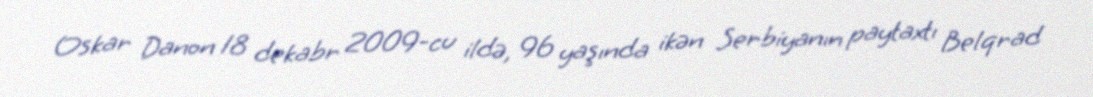
Oskar Danon 18 dekabr 2009-cu ildə, 96 yaşında ikən Serbiyanın paytaxtı Belqrad